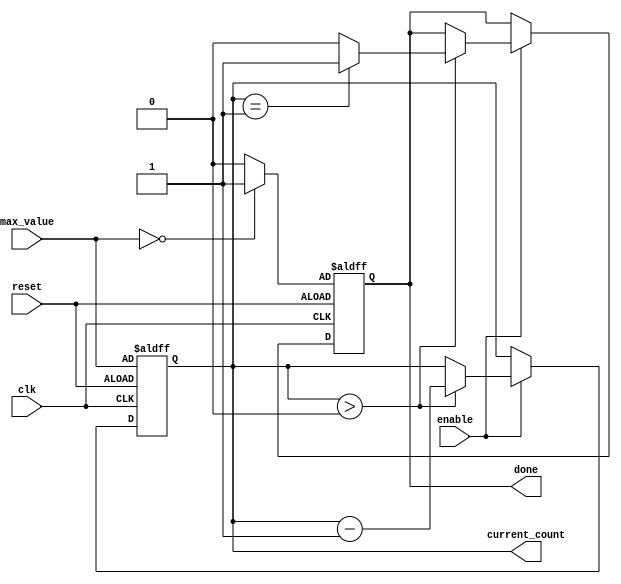
module decremental_counter (
    input wire clk,               // Clock signal
    input wire reset,             // Asynchronous reset signal
    input wire enable,            // Enable signal for counting
    input wire [7:0] max_value,   // Maximum value for the counter
    output reg [7:0] current_count, // Current count value
    output reg done               // Done flag
);

    // Initial state of the done flag
    initial begin
        current_count = 8'b0;     // Initialize current count
        done = 1'b0;               // Initialize done flag
    end

    // Asynchronous reset
    always @(posedge clk or posedge reset) begin
        if (reset) begin
            current_count <= max_value; // Reset to max_value
            done <= (max_value == 8'b0) ? 1'b1 : 1'b0; // Set done if max_value is 0
        end else if (enable) begin
            if (current_count > 8'b0) begin
                current_count <= current_count - 1; // Decrement count
                done <= (current_count == 1) ? 1'b1 : 1'b0; // Set done when reaching zero
            end
        end
    end

endmodule